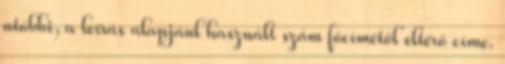
utóbbi, a leírás alapjául használt szám főcímétől eltérő címe.